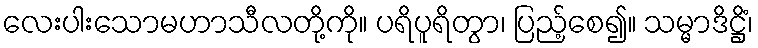
လေးပါးသောမဟာသီလတို့ကို။ ပရိပူရိတွာ၊ ပြည့်စေ၍။ သမ္မာဒိဋ္ဌိံ၊